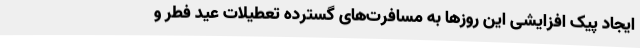
ایجاد پیک افزایشی این روزها به مسافرت‌های گسترده تعطیلات عید فطر و